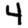
Digit: 4